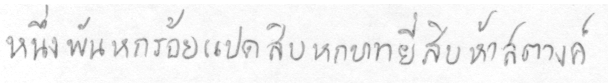
หนึ่งพันหกร้อยแปดสิบบหกบาทยี่สิบห้าสตางค์